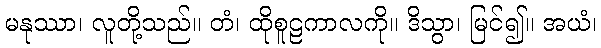
မနုဿာ၊ လူတို့သည်။ တံ၊ ထိုစူဠကာလကို။ ဒိသွာ၊ မြင်၍။ အယံ၊